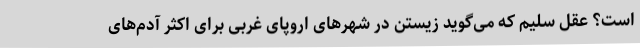
است؟ عقل سلیم که می‌گوید زیستن در شهرهای اروپای غربی برای اکثر آدم‌های